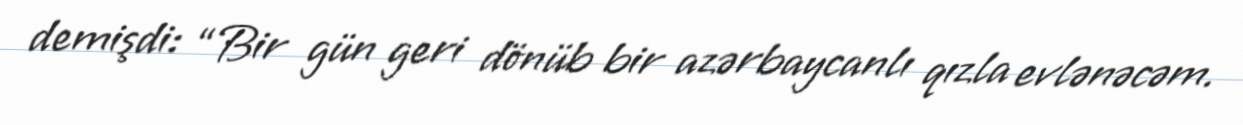
demişdi: “Bir gün geri dönüb bir azərbaycanlı qızla evlənəcəm.